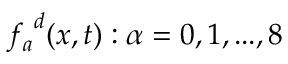
{ f _ { a } } ^ { d } ( x , t ) : \alpha = 0 , 1 , . . . , 8